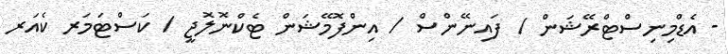
- އެޑްމިނިސްޓްރޭޝަން / ފައިނޭންސް / އިންފޮމޭޝަން ޓެކްނޮލޮޖީ / ކަސްޓަމަރ ކެއަރ